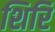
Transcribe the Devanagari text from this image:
शिरिं